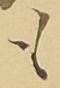
も